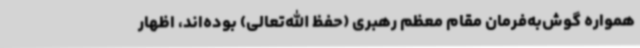
همواره گوش‌به‌فرمان مقام معظم رهبری (حفظ الله‌تعالی) بوده‌اند، اظهار